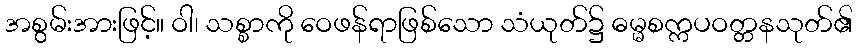
အစွမ်းအားဖြင့်။ ဝါ၊ သစ္စာကို ဝေဖန်ရာဖြစ်သော သံယုတ်၌ ဓမ္မစက္ကပဝတ္တနသုတ်၏